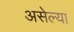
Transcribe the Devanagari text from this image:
असेल्या